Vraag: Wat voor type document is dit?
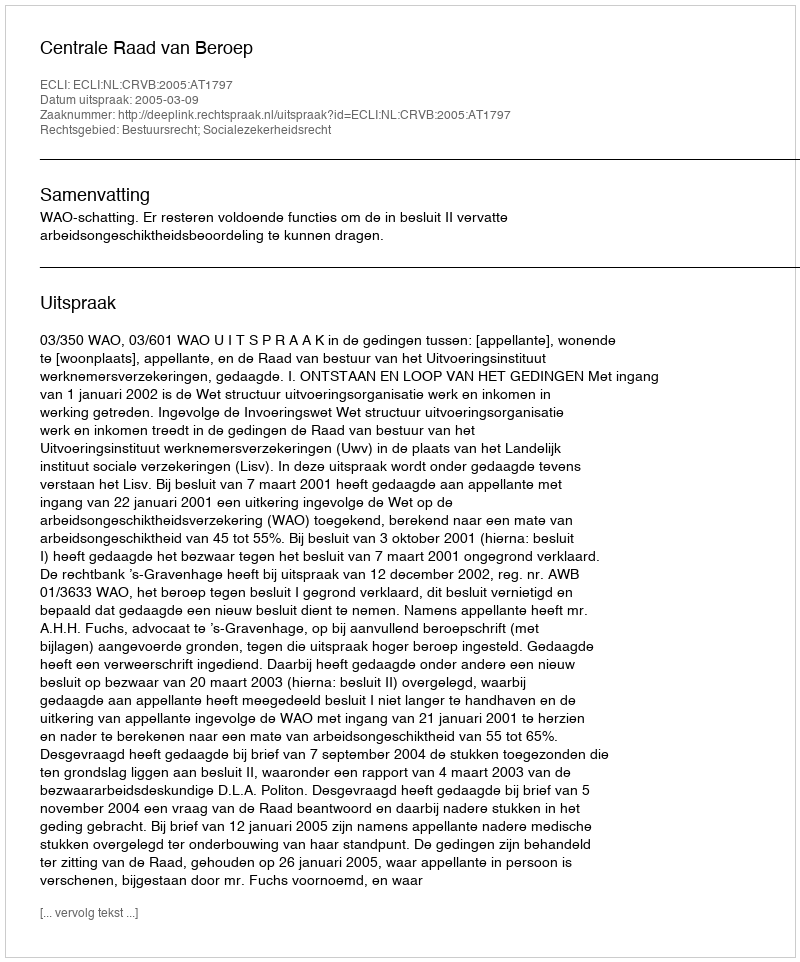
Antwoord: Uitspraak